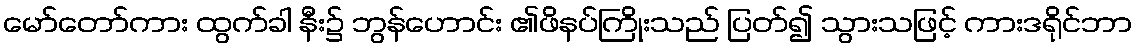
မော်တော်ကား ထွက်ခါ နီး၌ ဘွန်ဟောင်း ၏ဖိနပ်ကြိုးသည် ပြတ်၍ သွားသဖြင့် ကားဒရိုင်ဘာ